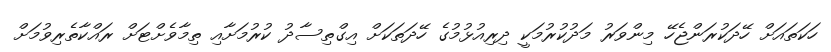
ހަކަަތައަށް ހޭދަކުރަންޖެހޭ މިންވަރު މަދުކުުރުމަކީ ދިރިއުޅުމުގެ ހޭދަތަކަށް އިގްތިސާދު ކުރުމަށާއި ތިމާވެށްޓަށް ރައްކާތެރިވުމަށް